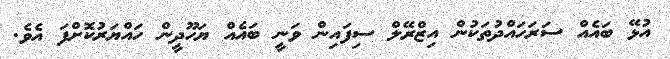
އުޅޭ ބައެއް ސަރަހައްދުތަކުން އިޒްރޭލް ސިފައިން ވަނީ ބައެއް ޔަހޫދީން ހައްޔަރުކޮށްފަ އެވެ.